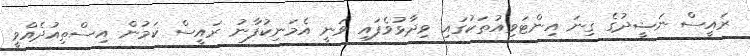
ރައީސް ނަޝީދުގެ ގިނަ އިންޓަވިއުތަކުގައި ވިދާޅުވެފައި ވަނީ އެމަނިކުފާނު ރައީސް ކަމުން އިސްތިއުދެއްވީ